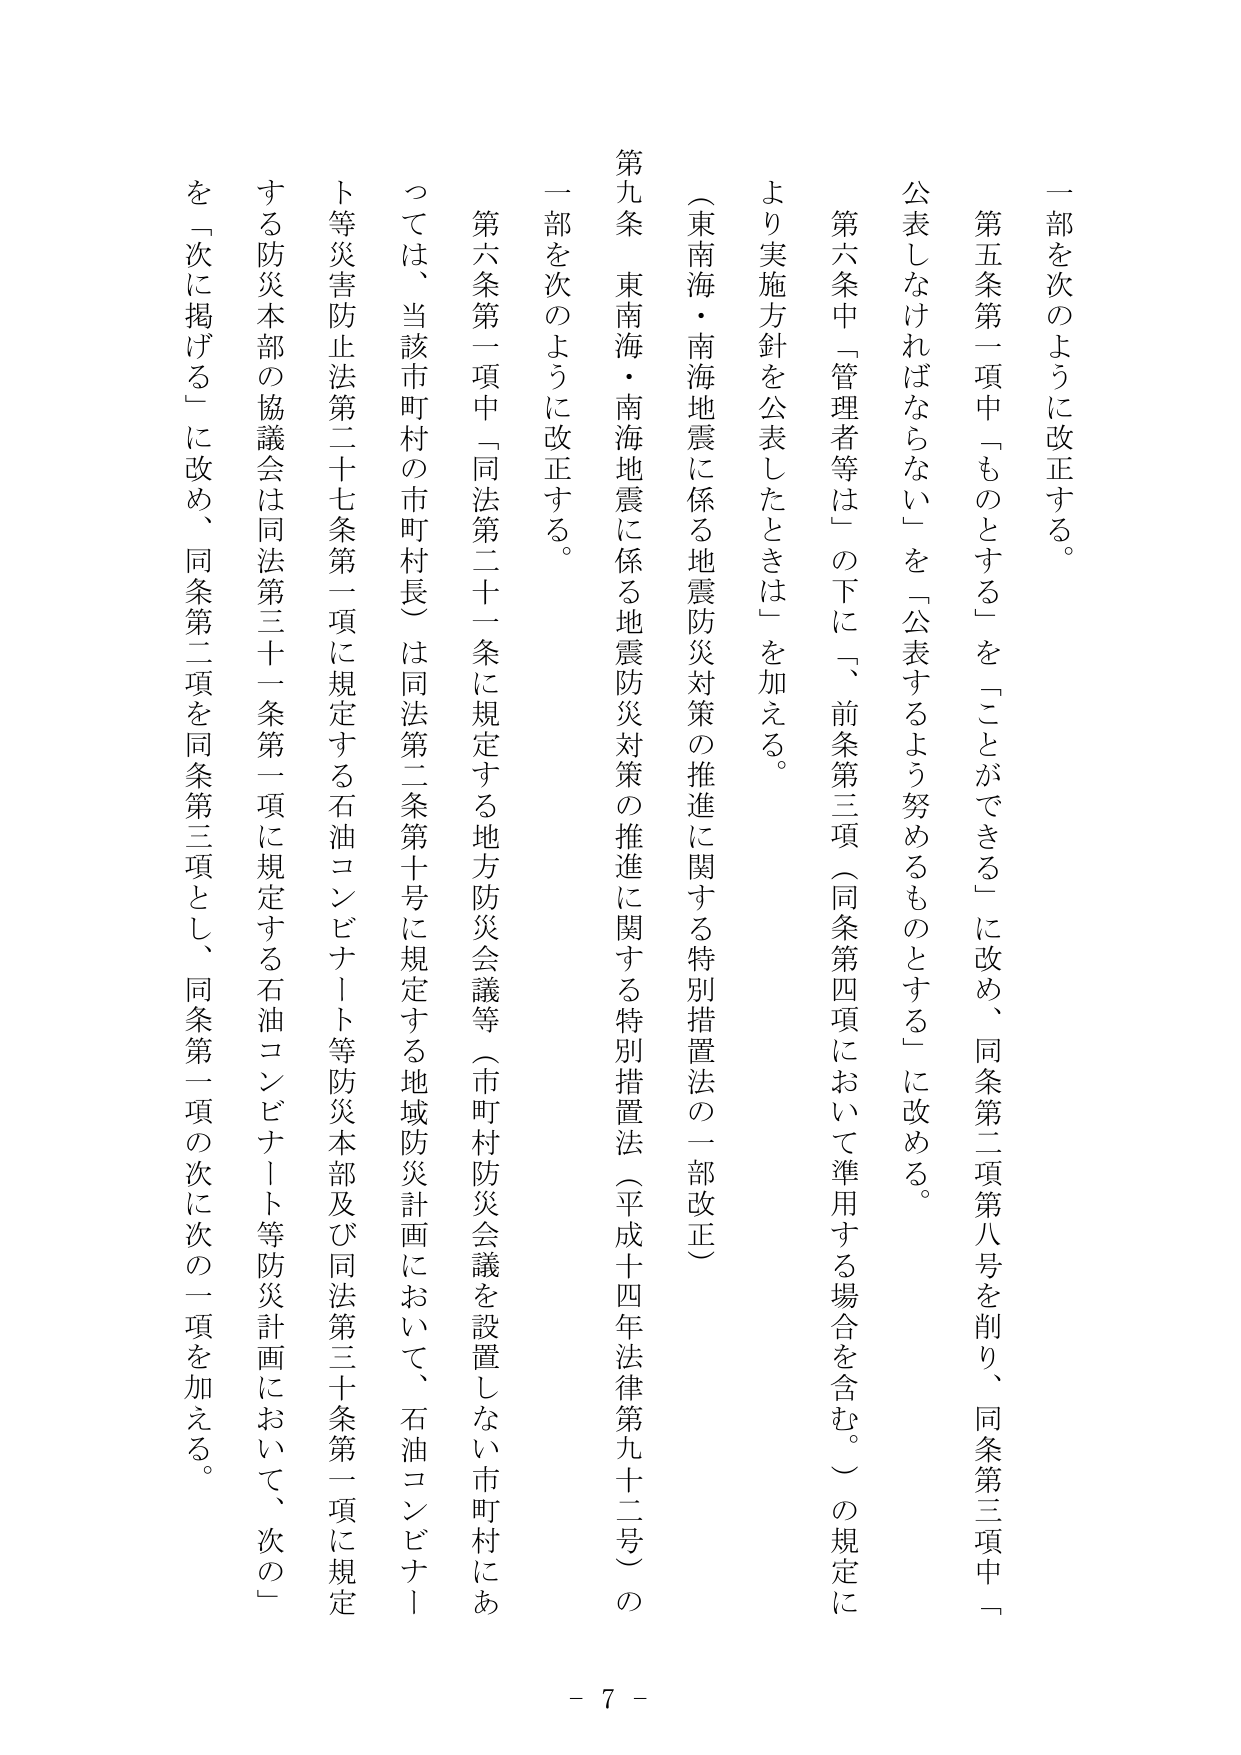
一部を次のように改正する。

第五条第一項中「ものとする」を「ことができる」に改め、同条第二項第八号を削り、同条第三項中「公表しなければならない」を「公表するよう努めるものとする」に改める。

第六条中「管理者等は」の下に「、前条第三項（同条第四項において準用する場合を含む。）の規定により実施方針を公表したときは」を加える。

（東南海・南海地震に係る地震防災対策の推進に関する特別措置法の一部改正）

第九条 東南海・南海地震に係る地震防災対策の推進に関する特別措置法（平成十四年法律第九十二号）の一部を次のように改正する。

第六条第一項中「同法第二十一条に規定する地方防災会議等（市町村防災会議を設置しない市町村にあっては、当該市町村の市町村長）は同法第二条第十号に規定する地域防災計画において、石油コンビナート等災害防止法第二十七条第一項に規定する石油コンビナート等防災本部及び同法第三十条第一項に規定する防災本部の協議会は同法第三十一条第一項に規定する石油コンビナート等防災計画において、次の」を「次に掲げる」に改め、同条第二項を同条第三項とし、同条第一項の次に次の一項を加える。

- 7 -